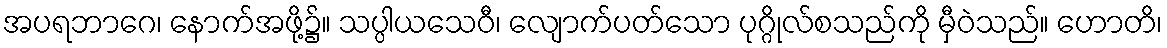
အပရဘာဂေ၊ နောက်အဖို့၌။ သပ္ပါယသေဝီ၊ လျောက်ပတ်သော ပုဂ္ဂိုလ်စသည်ကို မှီဝဲသည်။ ဟောတိ၊